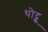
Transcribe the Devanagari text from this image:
थोट्टू